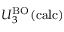
U _ { 3 } ^ { \mathrm { B O } } ( \mathrm { c a l c } )